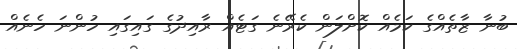
ބުނާ ޒާތެއްގެ ކަމެއް ކޮށްލަން ކެރޭނެ ގަޓެއް ރާއިދުގެ ގައިގައި ހުންނަ ހެނެއް